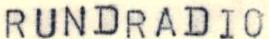
RUNDRADIO